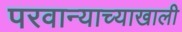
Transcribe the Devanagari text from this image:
परवान्याच्याखाली